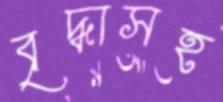
বৃদ্ধাসহ